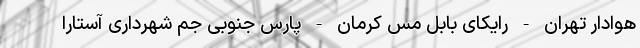
هوادار تهران - رایکای بابل مس کرمان - پارس جنوبی جم شهرداری آستارا